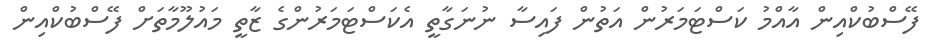
ފޭސްބުކްއިން އާއްމު ކަސްޓަމަރުން އަތުން ފައިސާ ނުނަގާތީ އެކަސްޓަމަރުންގެ ޒާތީ މައުލޫމާތަށް ފޭސްބުކްއިން